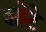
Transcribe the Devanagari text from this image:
झोटे